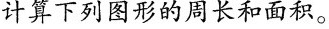
计算下列图形的周长和面积。